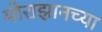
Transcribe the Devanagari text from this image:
मोराझानच्या